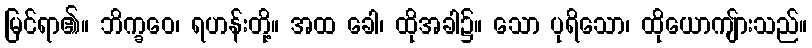
မြင်ရာ၏။ ဘိက္ခဝေ၊ ရဟန်းတို့။ အထ ခေါ၊ ထိုအခါ၌။ သော ပုရိသော၊ ထိုယောကျ်ားသည်။